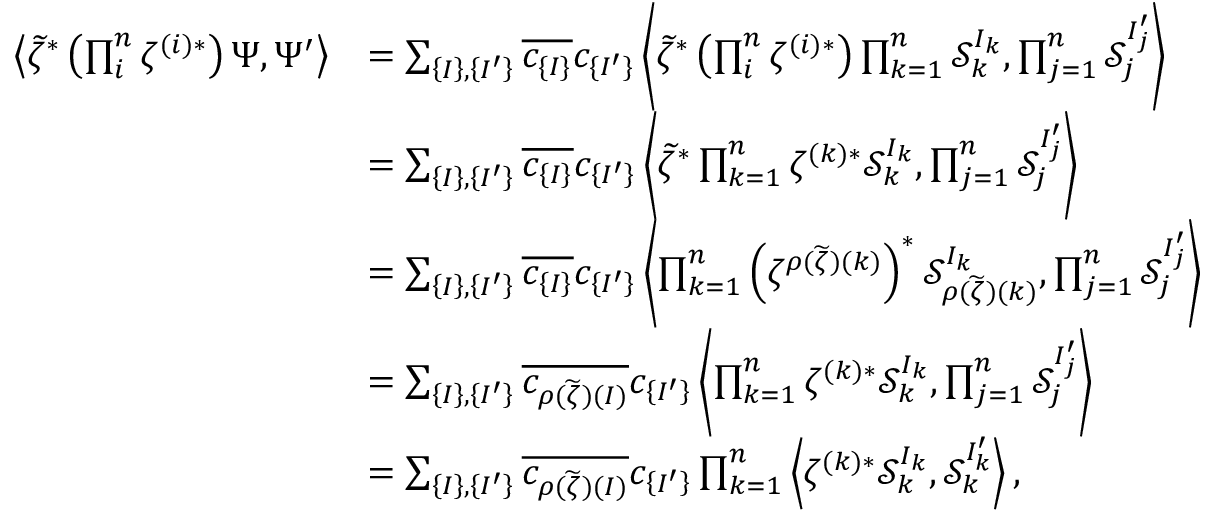
\begin{array} { r l } { \left< { \widetilde { \zeta } } ^ { * } \left( \prod _ { i } ^ { n } \zeta ^ { ( i ) * } \right) \Psi , \Psi ^ { \prime } \right> } & { = \sum _ { \left\lbrace I \right\rbrace , \left\lbrace I ^ { \prime } \right\rbrace } \overline { { c _ { \{ I \} } } } c _ { \{ I ^ { \prime } \} } \left< { \widetilde { \zeta } } ^ { * } \left( \prod _ { i } ^ { n } \zeta ^ { ( i ) * } \right) \prod _ { k = 1 } ^ { n } \mathcal { S } _ { k } ^ { I _ { k } } , \prod _ { j = 1 } ^ { n } \mathcal { S } _ { j } ^ { I _ { j } ^ { \prime } } \right> } \\ & { = \sum _ { \left\lbrace I \right\rbrace , \left\lbrace I ^ { \prime } \right\rbrace } \overline { { c _ { \left\lbrace I \right\rbrace } } } c _ { \left\lbrace I ^ { \prime } \right\rbrace } \left< \widetilde { \zeta } ^ { * } \prod _ { k = 1 } ^ { n } \zeta ^ { ( k ) * } \mathcal { S } _ { k } ^ { I _ { k } } , \prod _ { j = 1 } ^ { n } \mathcal { S } _ { j } ^ { I _ { j } ^ { \prime } } \right> } \\ & { = \sum _ { \left\lbrace I \right\rbrace , \left\lbrace I ^ { \prime } \right\rbrace } \overline { { c _ { \left\lbrace I \right\rbrace } } } c _ { \left\lbrace I ^ { \prime } \right\rbrace } \left< \prod _ { k = 1 } ^ { n } \left( \zeta ^ { \rho ( \widetilde { \zeta } ) ( k ) } \right) ^ { * } \mathcal { S } _ { \rho ( \widetilde { \zeta } ) ( k ) } ^ { I _ { k } } , \prod _ { j = 1 } ^ { n } \mathcal { S } _ { j } ^ { I _ { j } ^ { \prime } } \right> } \\ & { = \sum _ { \left\lbrace I \right\rbrace , \left\lbrace I ^ { \prime } \right\rbrace } \overline { { c _ { \rho ( \widetilde { \zeta } ) ( I ) } } } c _ { \left\lbrace I ^ { \prime } \right\rbrace } \left< \prod _ { k = 1 } ^ { n } \zeta ^ { ( k ) * } { \mathcal { S } } _ { k } ^ { I _ { k } } , \prod _ { j = 1 } ^ { n } \mathcal { S } _ { j } ^ { I _ { j } ^ { \prime } } \right> } \\ & { = \sum _ { \left\lbrace I \right\rbrace , \left\lbrace I ^ { \prime } \right\rbrace } \overline { { c _ { \rho ( \widetilde { \zeta } ) ( I ) } } } c _ { \left\lbrace I ^ { \prime } \right\rbrace } \prod _ { k = 1 } ^ { n } \left< \zeta ^ { ( k ) * } { \mathcal { S } } _ { k } ^ { I _ { k } } , \mathcal { S } _ { k } ^ { I _ { k } ^ { \prime } } \right> , } \end{array}